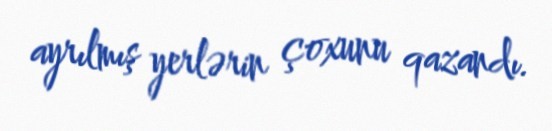
ayrılmış yerlərin çoxunu qazandı.